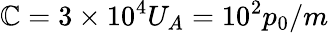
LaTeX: \mathbb{C}=3\times 10^{4}U_{A}=10^{2}p_{0}/m